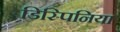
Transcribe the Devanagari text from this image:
डिस्पिनिया